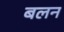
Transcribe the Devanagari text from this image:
बलन